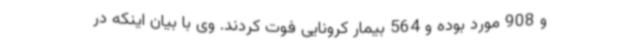
و 908 مورد بوده و 564 بیمار کرونایی فوت کردند. وی با بیان اینکه در